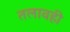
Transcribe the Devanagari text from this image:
तलावही